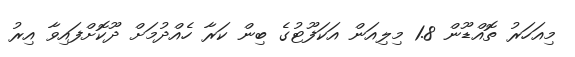
މިއަހަރު ތޮއްޑޫން 1.8 މިލިއަން އަކަފޫޓުގެ ބިން ކަރާ ހެއްދުމަށް ދޫކޮށްފައިވާ އިރު